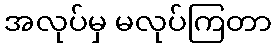
အလုပ်မှ မလုပ်ကြတာ